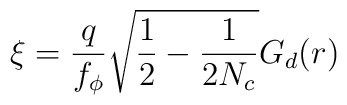
\xi=\frac{q}{f_\phi}\sqrt{\frac{1}{2}-\frac{1}{2N_c}}G_d(r)